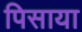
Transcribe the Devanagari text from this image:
पिसाया